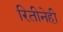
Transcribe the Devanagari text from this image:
रितीनेही